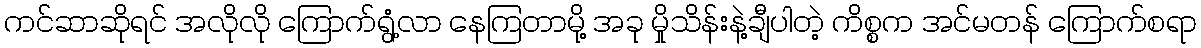
ကင်ဆာဆိုရင် အလိုလို ကြောက်ရွံ့လာ နေကြတာမို့ အခု မှိုသိန်းနဲ့ချီပါတဲ့ ကိစ္စက အင်မတန် ကြောက်စရာ